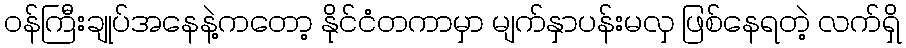
ဝန်ကြီးချုပ်အနေနဲ့ကတော့ နိုင်ငံတကာမှာ မျက်နှာပန်းမလှ ဖြစ်နေရတဲ့ လက်ရှိ